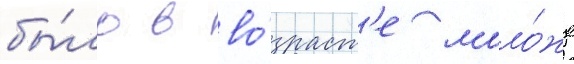
бы́ло в во́зраст'е моло́же